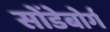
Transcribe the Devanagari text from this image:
सोंडेबोर्ग